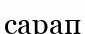
сарап